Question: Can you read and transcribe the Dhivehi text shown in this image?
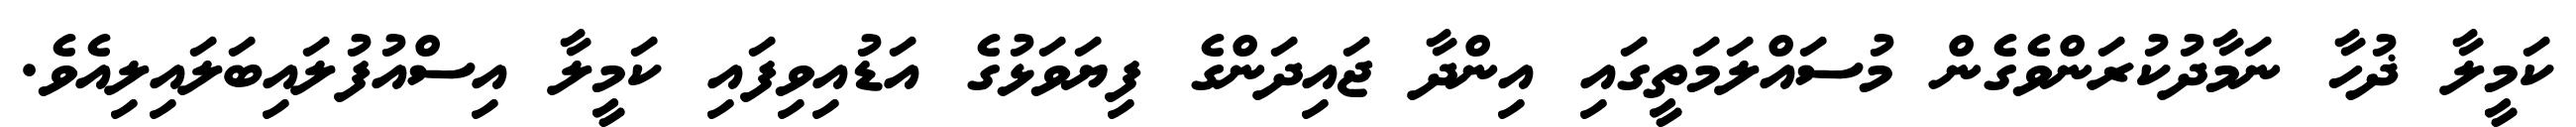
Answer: ކަމީލާ ޛުހާ ނަމާދުކުރަންވެގެން މުސައްލަމަތީގައި އިންދާ ޖައިދަންގެ ފިޔަވަޅުގެ އަޑުއިވިފައި ކަމީލާ އިސްއުފުލައިބަލައިލިއެވެ.